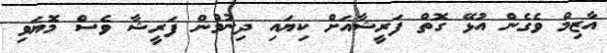
އާޒިމް ވެގެން އުޅޭ ގޮތް ފަރީޝާއަށް ކިޔައި ދިނުމުން ފަރީޝާ ވެސް މޮޔަވި